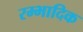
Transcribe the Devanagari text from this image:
रम्‍भादिक